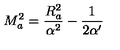
M _ { a } ^ { 2 } = \frac { R _ { a } ^ { 2 } } { \alpha ^ { 2 } } - \frac { 1 } { 2 \alpha ^ { \prime } }